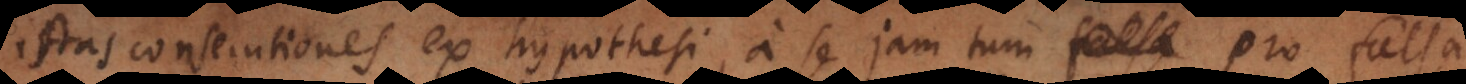
istas consecutiones ex hypothesi, a se jam tum pro falsa